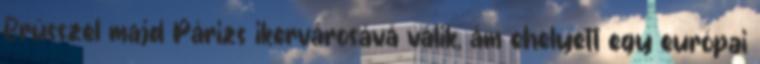
Brüsszel majd Párizs ikervárosává válik, ám ehelyett egy európai